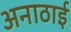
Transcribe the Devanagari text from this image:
अनाठाई